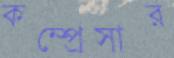
কম্প্রেসার